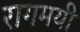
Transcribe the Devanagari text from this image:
रागमयी